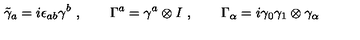
\tilde { \gamma } _ { a } = i \epsilon _ { a b } \gamma ^ { b } \ , \qquad \Gamma ^ { a } = \gamma ^ { a } \otimes I \ , \qquad \Gamma _ { \alpha } = i \gamma _ { 0 } \gamma _ { 1 } \otimes \gamma _ { \alpha } \,